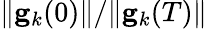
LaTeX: \| \mathbf{g}_{k}(0)\| /\| \mathbf{g}_{k}(T)\|